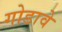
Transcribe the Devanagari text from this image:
गोडावे